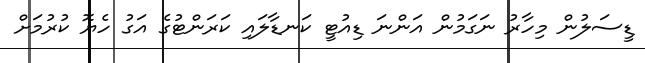
ޑީސަލުން މިހާރު ނަގަމުން އަންނަ ޑިއުޓީ ކަނޑާލައި ކަރަންޓުގެ އަގު ހެޔޮ ކުރުމަށް